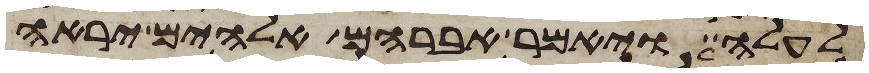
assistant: לעלה ויאמר אברהם אלהים יראה